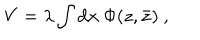
V = \lambda \int \mathrm { d } x \ \Phi ( z , { \bar { z } } ) \ ,